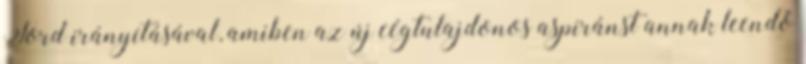
Ford irányításával, amiben az új cégtulajdonos aspiránst annak leendő